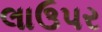
લાઉપર